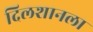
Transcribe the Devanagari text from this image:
दिलशानला